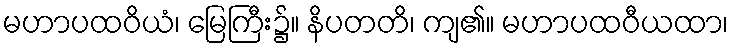
မဟာပထဝိယံ၊ မြေကြီး၌။ နိပတတိ၊ ကျ၏။ မဟာပထဝီယထာ၊